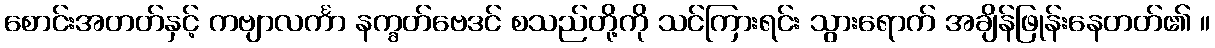
စောင်းအတတ်နှင့် ကဗျာလင်္ကာ နက္ခတ်ဗေဒင် စသည်တို့ကို သင်ကြားရင်း သွားရောက် အချိန်ဖြုန်းနေတတ်၏ ။